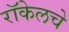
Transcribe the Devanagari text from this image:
रॉकेलचे